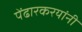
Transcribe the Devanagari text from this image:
पेंढारकरयांनी